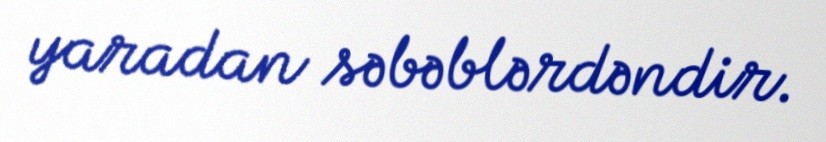
yaradan səbəblərdəndir.